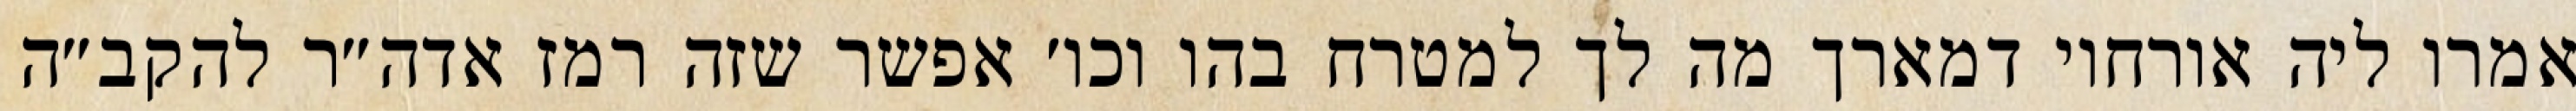
אמרו ליה אורחוי דמארך מה לך למטרח בהו וכו׳ אפשר שזה רמז אדה״ר להקב״ה